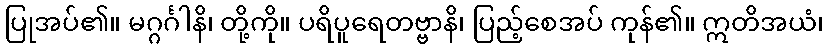
ပြုအပ်၏။ မဂ္ဂင်္ဂါနိ၊ တို့ကို။ ပရိပူရေတဗ္ဗာနိ၊ ပြည့်စေအပ် ကုန်၏။ ဣတိအယံ၊